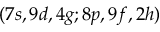
( 7 s , 9 d , 4 g ; 8 p , 9 f , 2 h )